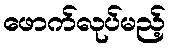
ဖောက်လုပ်မည့်